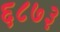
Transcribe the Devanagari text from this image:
६८७३